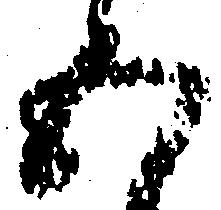
五